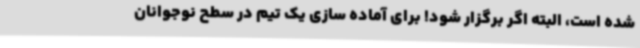
شده است، البته اگر برگزار شود! برای آماده سازی یک تیم در سطح نوجوانان